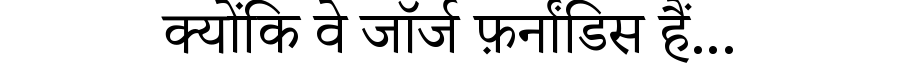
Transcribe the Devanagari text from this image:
क्योंकि वे जॉर्ज फ़र्नांडिस हैं...